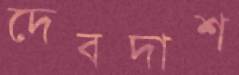
দেবদাশ